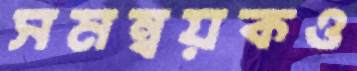
সমন্বয়কও